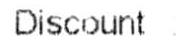
DISCOUNT :